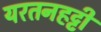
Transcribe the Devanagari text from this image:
यरतनहट्टी